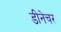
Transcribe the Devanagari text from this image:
डीनेचर